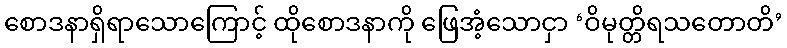
စောဒနာရှိရာသောကြောင့် ထိုစောဒနာကို ဖြေအံ့သောငှာ ‘ဝိမုတ္တိရသတောတိ’